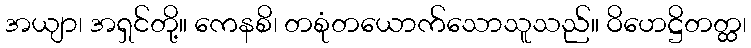
အယျာ၊ အရှင်တို့။ ကေနစိ၊ တစုံတယောက်သောသူသည်။ ဝိဟေဋ္ဌိတတ္ထ၊